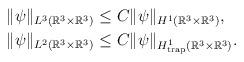
LaTeX: \begin{align*}\|\psi\|_{L^3(\mathbb{R}^3\times\mathbb{R}^3)}&\le C\|\psi\|_{H^1(\mathbb{R}^3\times\mathbb{R}^3)}, \\\|\psi\|_{L^2(\mathbb{R}^3\times\mathbb{R}^3)}&\le C \|\psi\|_{H^1_\mathrm{trap}(\mathbb{R}^3\times\mathbb{R}^3)}.\end{align*}